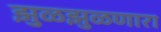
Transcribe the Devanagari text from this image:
झुळझुळणारा